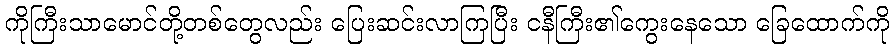
ကိုကြီးသာမောင်တို့တစ်တွေလည်း ပြေးဆင်းလာကြပြီး ငနီကြီး၏ကွေးနေသော ခြေထောက်ကို